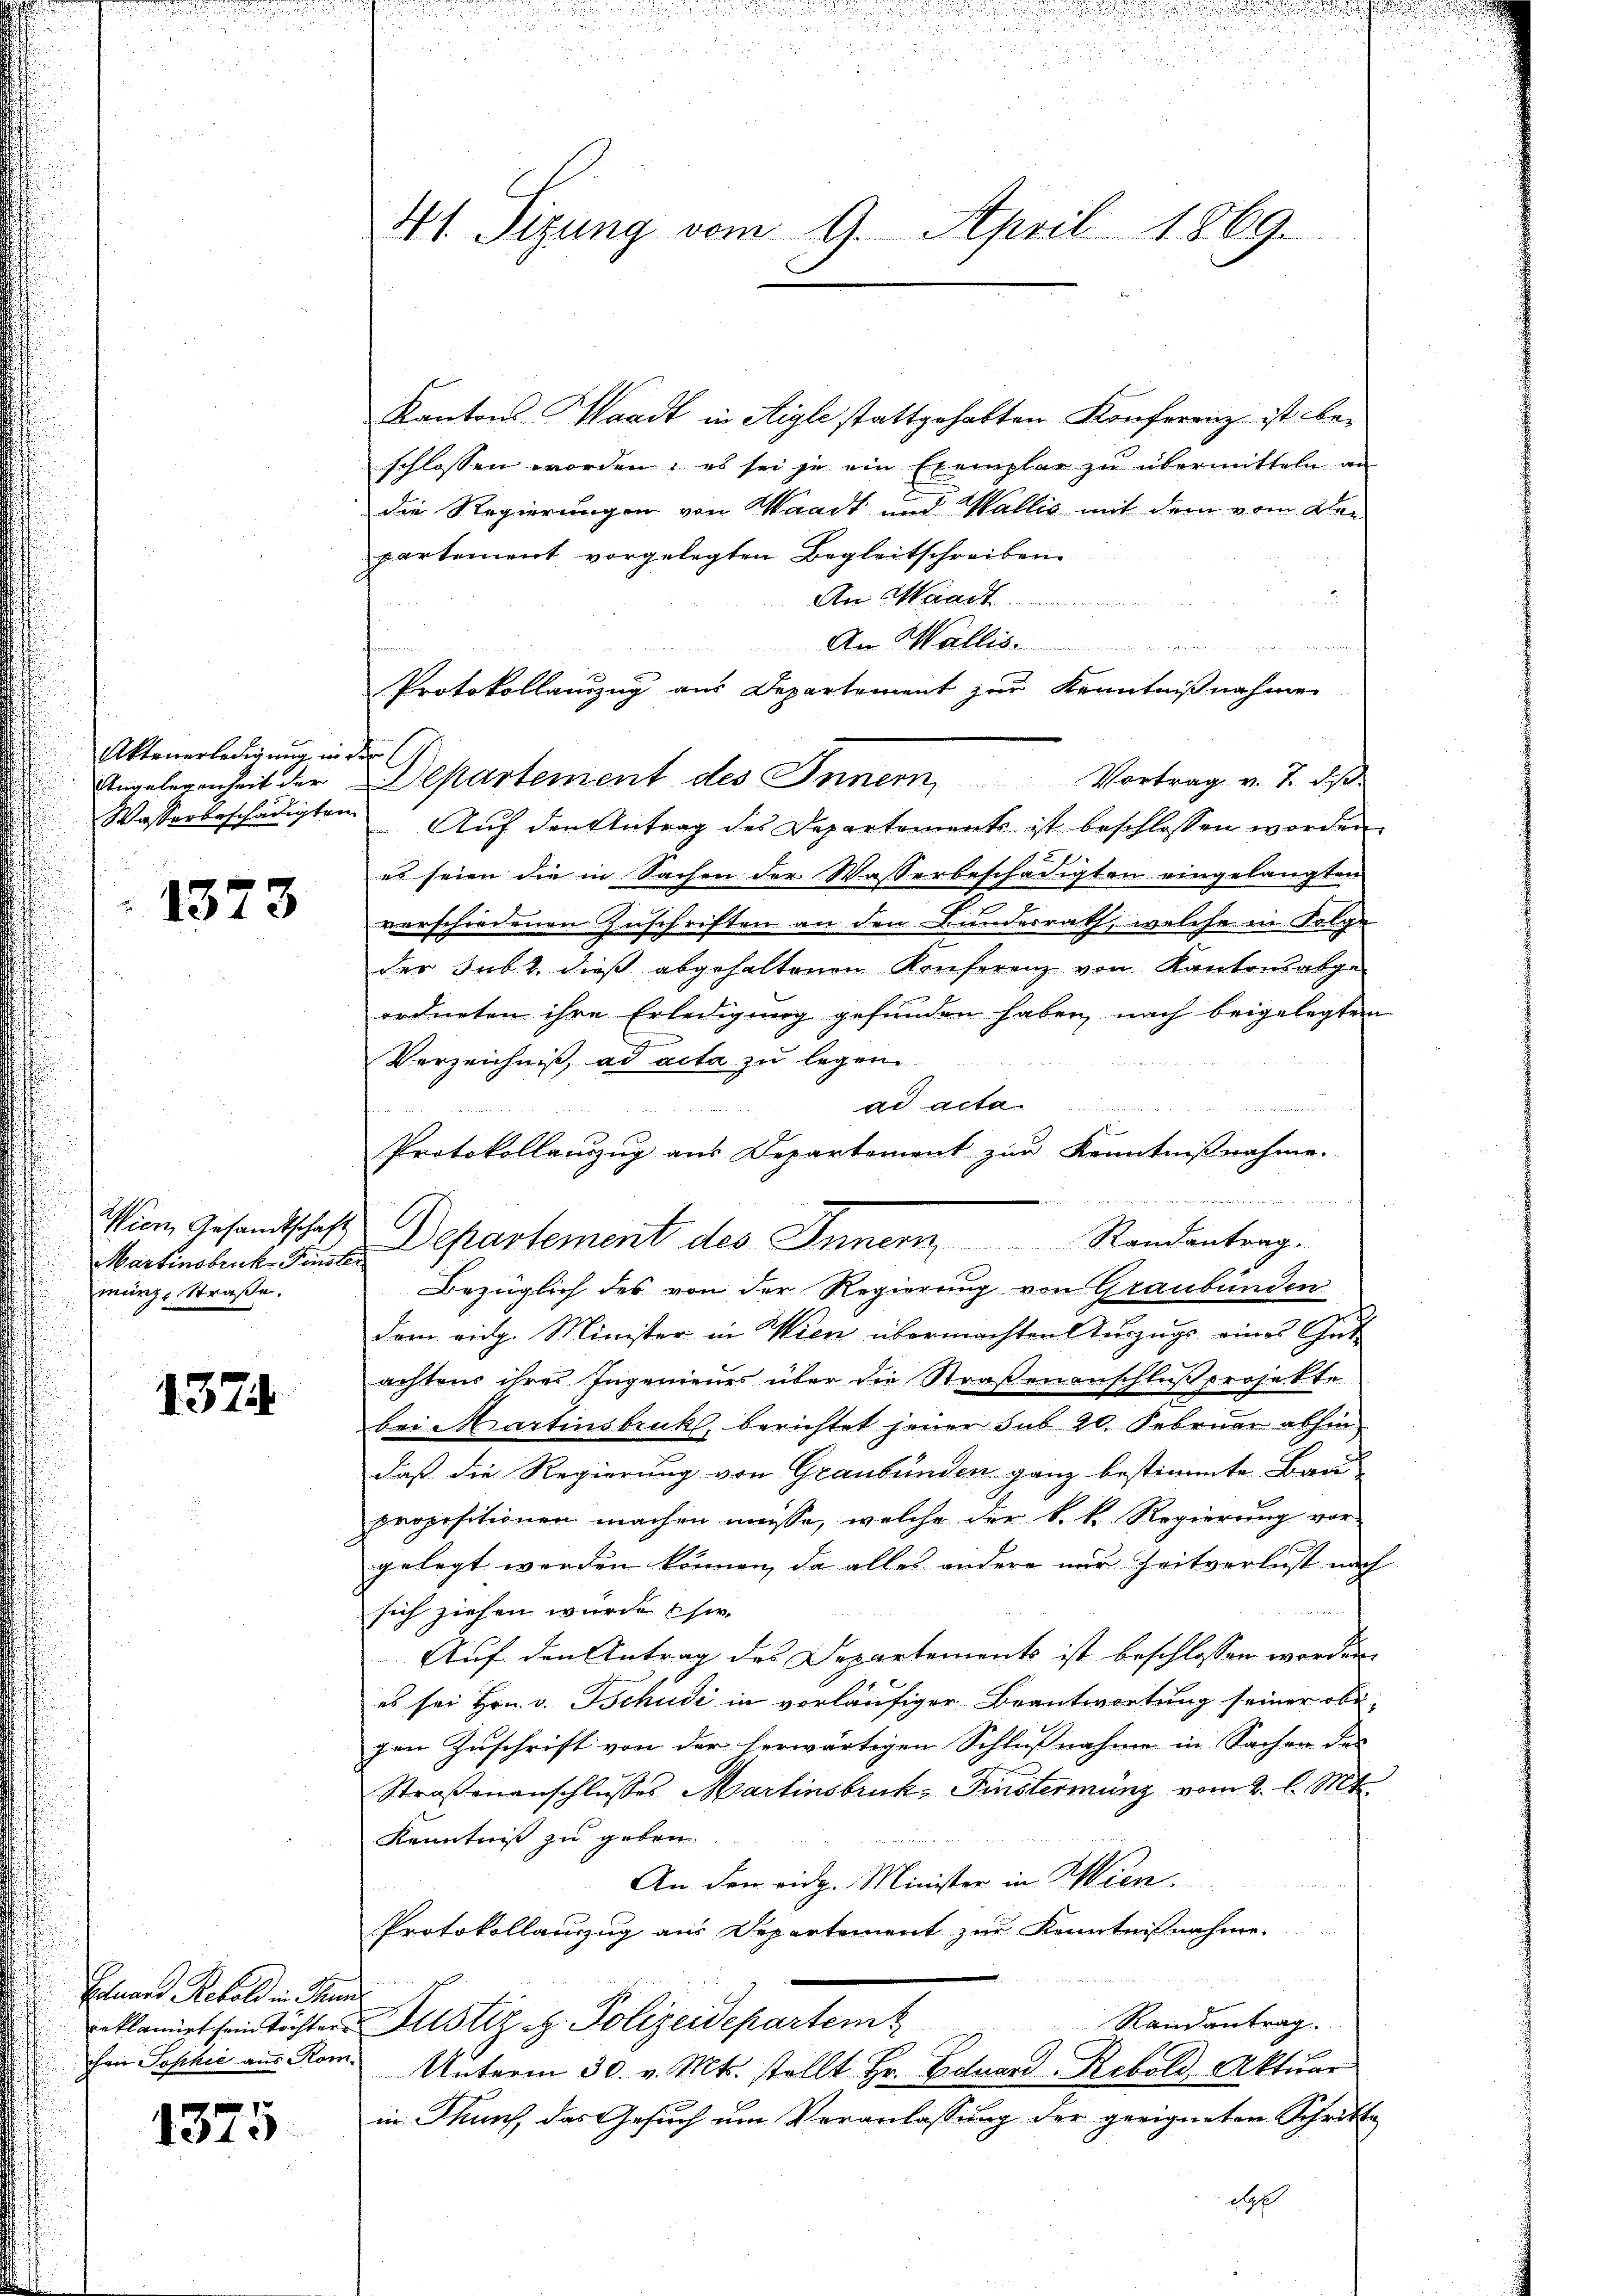
Aktenerledigung in der
Wasserbeschädigten

1373

Wien Gesandtschaft
Martinsbruck. Finster
münze Straße.

1374

Sohners Rebold in dun
chen Sophie aus Rom.

1375

41. Sitzung vom 9. April 1869.

Kantons Waadt in Aigle stattgehabten Konferenz ist beschlossen worden; es sei je ein Exemplar zu übermitteln an
die Regierungen von Waadt und Wallis mit dem vom Dien
partement vorgelegten Begleitschreiben
An Waadt
An Wallis
Auf den Antrag des Departements ist beschlossen worden.
es seien die in Sachen der Wasserbeschädigten eingelangten
verschiedenen Zuschriften an den Bundesrath, welche in Folge
der subt. dieß abgehaltenen Konferenz von Kantonsabge-
ordneten ihre Erledigung gefunden haben, nach beigelegten
 148
Verzeichniß, ad acta zu legen
   und die von d
ad acta
Protokollanzug aus Departement zur Kenntnißnahme.
Bezüglich des von der Regierung von Graubünden
dem eidg. Minister in Wien übermachten Auszugs eines Gut-
achtens ihres Ingenieurs über die Straßenanschluß projekte
bei Martinsbruck, berichtet jener sub 20. Februar abhin
daß die Regierung von Graubünden ganz bestimmte Bau
propositionen machen müsse, welche der k. k. Regierung vor-
gelegt werden können, da alles andere nur Zeitverlust nach
sich ziehen wurde sie.
Auf den Antrag des Departements ist beschlossen werden.
es sei Hrn. v. Tschudi in vorläufiger Beantwortung seiner obe-
gen Zuschrift von der herwärtigen Schlußnahme in Sachen des
Straßenanschlusses Martinsbruk- Finsterminz vom 2. l. Mt.
Kenntniß zu geben
An den eidg. Minister in Wien.
Protokollauszug aus Departemont zur Kenntnisnahme.
Randantrag
reklamiert sein Töchter Justiz u. Polizeidepartemt
Unterm 30. v. Mts. stellt Hr. Eduard-Rebold, Aktuar
in Thuns, das Gesuch um Veranlassung der geeigneten Schritte
app

u

Protokollauszug aus Departement zur Kenntnißnahme
Angelegenheit der Departement des Innern, Vortrag v. J. des

Departement des Inner Randantrag.

i
ge, den hat de